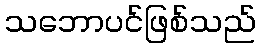
သဘောပင်ဖြစ်သည်